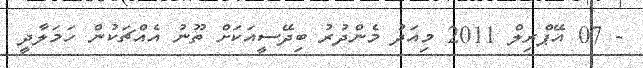
- 07 އޭޕްރިލް 2011 މިއަދު މެންދުރު ބިދޭސީއަކަށް ތޫނު އެއްޗަކުން ހަމަލާދީ